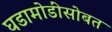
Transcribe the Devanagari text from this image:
घडामोडींसोबत